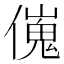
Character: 𠎺